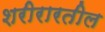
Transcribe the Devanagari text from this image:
शरीरारतील